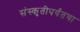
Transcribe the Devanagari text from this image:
संस्कृतीपर्यंतचा